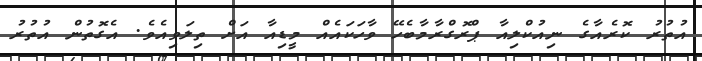
އުތުރު ކޮރެއާގެ ނިއުކްލިއާ ޕްރޮގްރާމާބެހޭ ވާހަކައެއް މީޑިއާ އަށް ތިލަވިއެވެ. އެގޮތުން އުތުރު